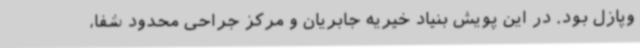
وپازل بود. در این پویش بنیاد خیریه جابریان و مرکز جراحی محدود شفا،